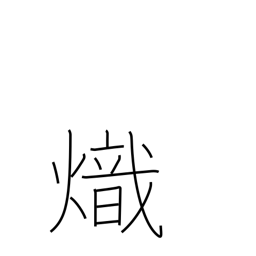
Meaning: kindling fire